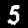
Label: 5